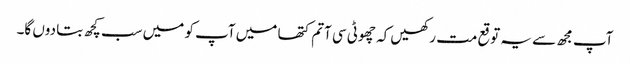
آپ مجھ سے یہ توقع مت رکھیں کہ چھوٹی سی آتم کتھا میں آپ کو میں سب کچھ بتا دوں گا۔